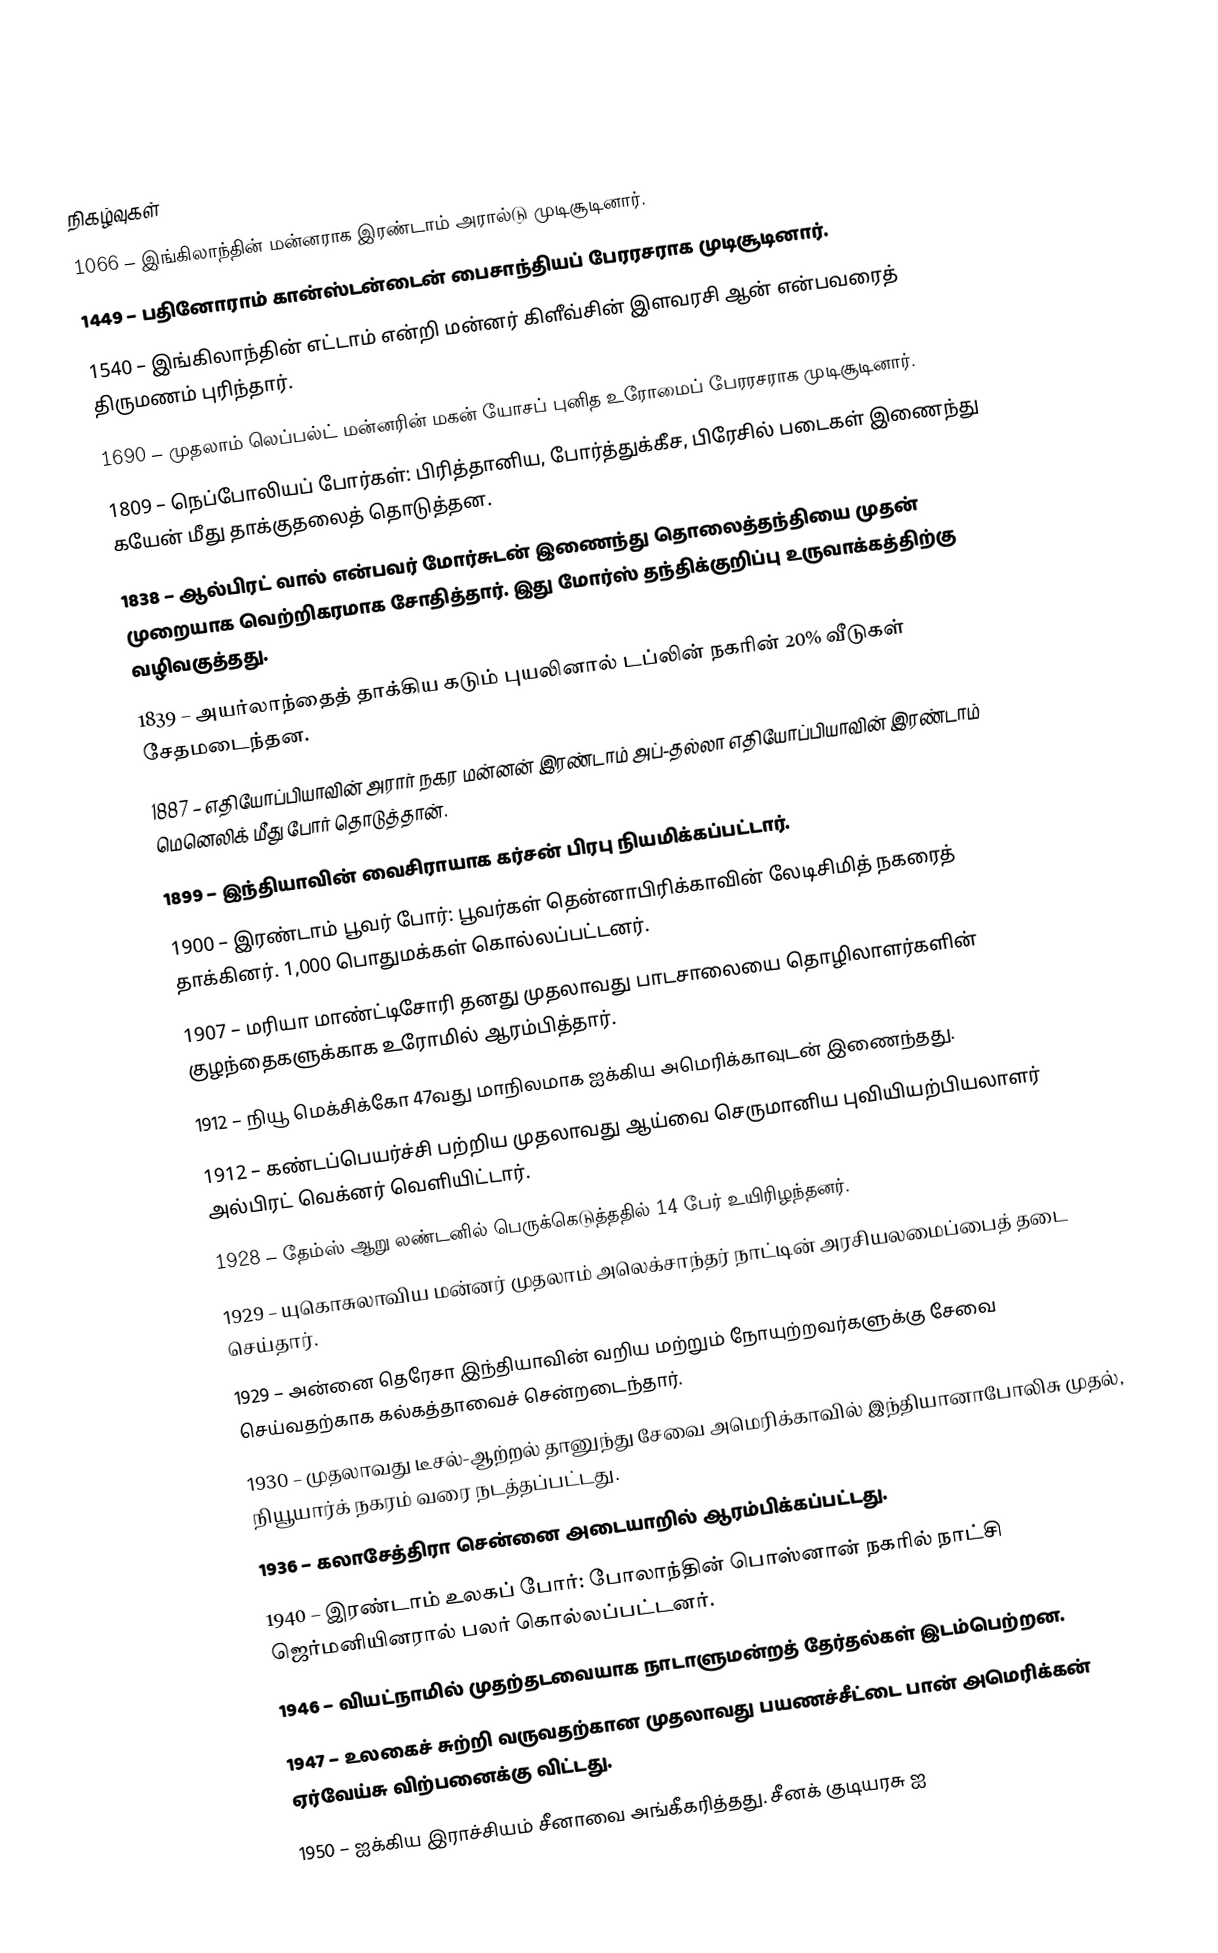

நிகழ்வுகள்
1066 – இங்கிலாந்தின் மன்னராக இரண்டாம் அரால்டு முடிசூடினார்.
1449 – பதினோராம் கான்ஸ்டன்டைன் பைசாந்தியப் பேரரசராக முடிசூடினார்.
1540 – இங்கிலாந்தின் எட்டாம் என்றி மன்னர் கிளீவ்சின் இளவரசி ஆன் என்பவரைத் திருமணம் புரிந்தார்.
1690 – முதலாம் லெப்பல்ட் மன்னரின் மகன் யோசப் புனித உரோமைப் பேரரசராக முடிசூடினார்.
1809 – நெப்போலியப் போர்கள்: பிரித்தானிய, போர்த்துக்கீச, பிரேசில் படைகள் இணைந்து கயேன் மீது தாக்குதலைத் தொடுத்தன.
1838 – ஆல்பிரட் வால் என்பவர் மோர்சுடன் இணைந்து தொலைத்தந்தியை முதன் முறையாக வெற்றிகரமாக சோதித்தார். இது மோர்ஸ் தந்திக்குறிப்பு உருவாக்கத்திற்கு வழிவகுத்தது.
1839 – அயர்லாந்தைத் தாக்கிய கடும் புயலினால் டப்லின் நகரின் 20% வீடுகள் சேதமடைந்தன.
1887 – எதியோப்பியாவின் அரார் நகர மன்னன் இரண்டாம் அப்-தல்லா எதியோப்பியாவின் இரண்டாம் மெனெலிக் மீது போர் தொடுத்தான்.
1899 – இந்தியாவின் வைசிராயாக கர்சன் பிரபு நியமிக்கப்பட்டார்.
1900 – இரண்டாம் பூவர் போர்: பூவர்கள் தென்னாபிரிக்காவின் லேடிசிமித் நகரைத் தாக்கினர். 1,000 பொதுமக்கள் கொல்லப்பட்டனர்.
1907 – மரியா மாண்ட்டிசோரி தனது முதலாவது பாடசாலையை தொழிலாளர்களின் குழந்தைகளுக்காக உரோமில் ஆரம்பித்தார்.
1912 – நியூ மெக்சிக்கோ 47வது மாநிலமாக ஐக்கிய அமெரிக்காவுடன் இணைந்தது.
1912 – கண்டப்பெயர்ச்சி பற்றிய முதலாவது ஆய்வை செருமானிய புவியியற்பியலாளர் அல்பிரட் வெக்னர் வெளியிட்டார்.
1928 – தேம்ஸ் ஆறு லண்டனில் பெருக்கெடுத்ததில் 14 பேர் உயிரிழந்தனர்.
1929 – யுகொசுலாவிய மன்னர் முதலாம் அலெக்சாந்தர் நாட்டின் அரசியலமைப்பைத் தடை செய்தார்.
1929 – அன்னை தெரேசா இந்தியாவின் வறிய மற்றும் நோயுற்றவர்களுக்கு சேவை செய்வதற்காக கல்கத்தாவைச் சென்றடைந்தார்.
1930 – முதலாவது டீசல்-ஆற்றல் தானுந்து சேவை அமெரிக்காவில் இந்தியானாபோலிசு முதல், நியூயார்க் நகரம் வரை நடத்தப்பட்டது.
1936 – கலாசேத்திரா சென்னை அடையாறில் ஆரம்பிக்கப்பட்டது.
1940 – இரண்டாம் உலகப் போர்: போலாந்தின் பொஸ்னான் நகரில் நாட்சி ஜெர்மனியினரால் பலர் கொல்லப்பட்டனர்.
1946 – வியட்நாமில் முதற்தடவையாக நாடாளுமன்றத் தேர்தல்கள் இடம்பெற்றன.
1947 – உலகைச் சுற்றி வருவதற்கான முதலாவது பயணச்சீட்டை பான் அமெரிக்கன் ஏர்வேய்சு விற்பனைக்கு விட்டது.
1950 – ஐக்கிய இராச்சியம் சீனாவை அங்கீகரித்தது. சீனக் குடியரசு ஐ